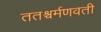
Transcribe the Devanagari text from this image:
ततश्चर्मणवती